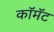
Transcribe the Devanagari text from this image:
कॉमॅट